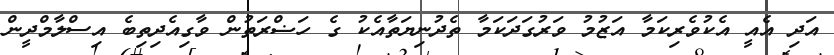
އަދި އެއީ އެކުވެރިކަމާ އަޒުމު ވަރުގަދަކަމާ ތެދުނިޔަތާއެކު ގެ ހަޟްރަތުން ވާގިއެދިތިބެ އިސްލާމްދީން